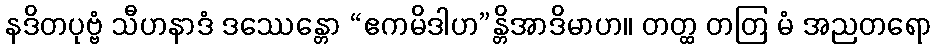
နဒိတပုဗ္ဗံ သီဟနာဒံ ဒဿေန္တော “ဧကမိဒါဟ”န္တိအာဒိမာဟ။ တတ္ထ တတြ မံ အညတရော